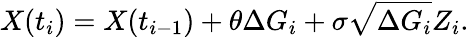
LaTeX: X(t_{i})=X(t_{i-1})+\theta\Delta G_{i}+\sigma{\sqrt{\Delta G_{i}}}Z_{i}.